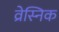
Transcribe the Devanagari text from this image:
व्रेस्निक